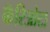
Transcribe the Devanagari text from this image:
कॅरिओटा